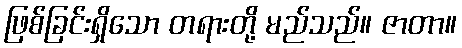
ဖြစ်ခြင်းရှိသော တရားတို့ မည်သည်။ ဇာတာ။